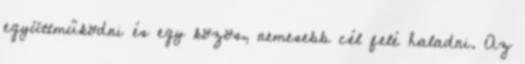
együttműködni és egy közös, nemesebb cél felé haladni. Az